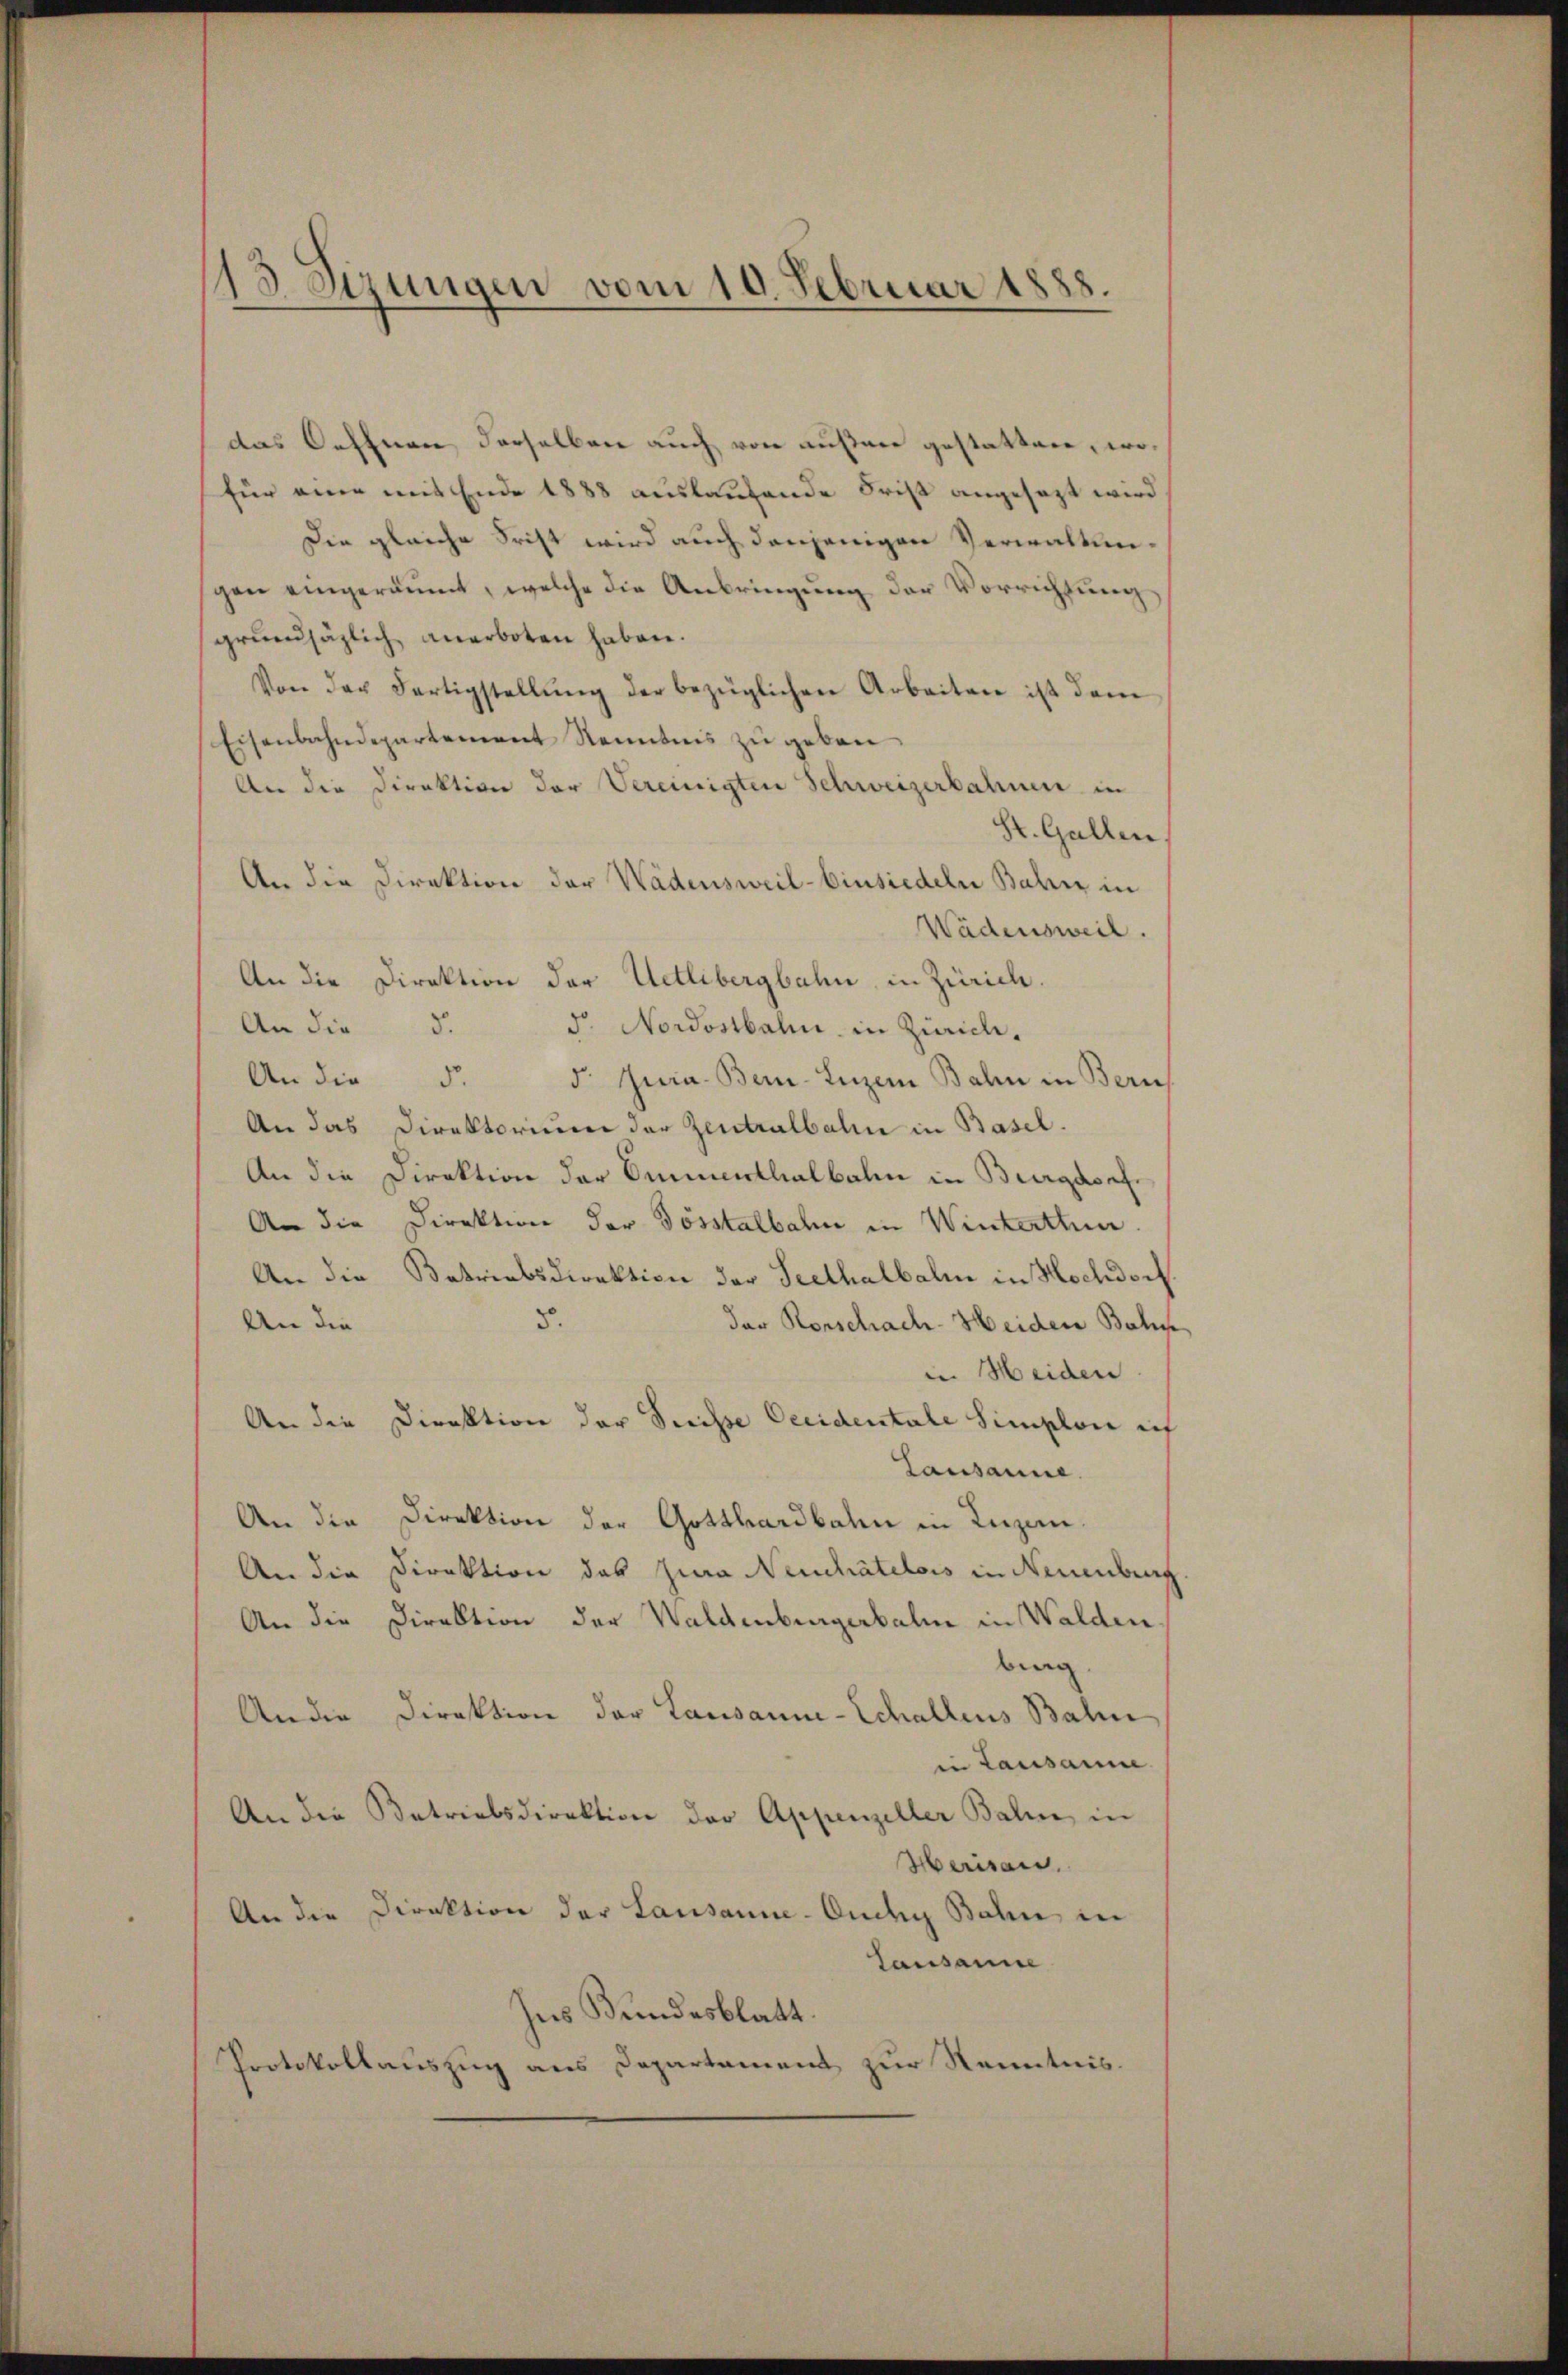
113 Sizungen vom 10. Februar 1888.

das Oeffnen derselben auch von äußere gestatten, wofür eine mit Ende 1888 auslaufende Frist angesezt wird
Die gleiche Frist wird auch denjenigen Verwaltungen eingeräumt, welche die Anbringung der Vorrichtung
grundsätzlich anerboten haben.
Von der Fertigstellŭng der bezüglichen Arbeiten ist dem
Eisenbahndepartement Kenntnis zu geben
An die Direktion der Vereinigten Schweizerbahnen in
St. Gallen
An die Direktion der Wädensweil–Einsiedeln Bahn in
Wädensweil.
An die Direktion der Uetlibergbahn, in Zürich.
An die d.
d. Nordostbahn in Zürich.
An die d. d. Jura. Bern. Luzer Bahn in Bern
An das Direktorium der Zentralbahn in Basel.
An die Direktion der Emmenthalbahn in Burgdorf
An die Direktion der Tosstalbahn in Winterthun.
An die Betriebsdirektion der Seethalbalm in Hochdorf.
5.
der Rorschach-Heiden Bahn,
An die
in Weiden
An die Direktion der Preisse Occidentale Simplon ich
Lausanne.
An die Direktion der Gotthardbahn in Luzen.
An die Direktion das Jura Neuchâtelois in Neuenburg
An die Direktion der Waldenburgerbalm in Walden,
bung.
An die Direktion der Lausanne-Schallens Balin
in Lausamme
An die Betriebsdirektion der Appenzeller Bahn in
Herisau.
An die Direktion der Lausanne-Oudy Bahn in
Lausanne
hes Bundesblatt.
Protokollauszug aus Departement zur Kenntnis.